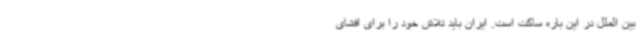
بین الملل در این باره ساکت است. ایران باید تلاش خود را برای افشای